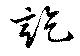
訖